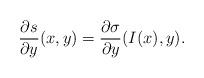
LaTeX: \begin{align*}\frac{\partial s}{\partial y}(x,y)=\frac{\partial \sigma}{\partial y}(I(x),y).\end{align*}